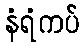
နံရံကပ်